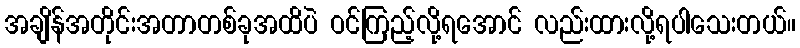
အချိန်အတိုင်းအတာတစ်ခုအထိပဲ ဝင်ကြည့်လို့ရအောင် လည်းထားလို့ရပါသေးတယ်။